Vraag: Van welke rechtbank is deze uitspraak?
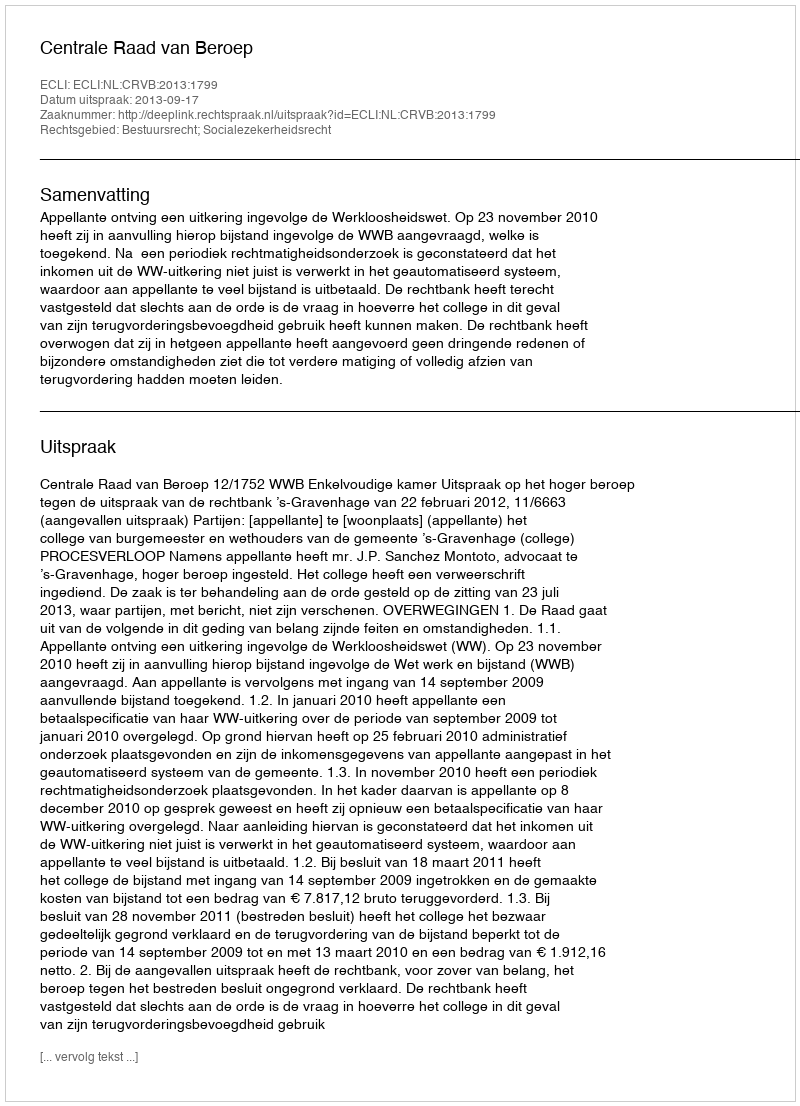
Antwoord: Centrale Raad van Beroep